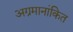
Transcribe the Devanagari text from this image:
अग्रमानांकित